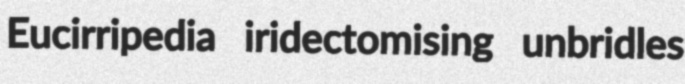
Eucirripedia iridectomising unbridles